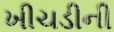
ખીચડીની